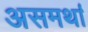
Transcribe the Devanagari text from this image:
असमर्था